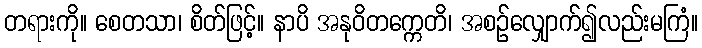
တရားကို။ စေတသာ၊ စိတ်ဖြင့်။ နာပိ အနုဝိတက္ကေတိ၊ အစဉ်လျှောက်၍လည်းမကြံ။